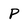
Character: P